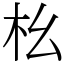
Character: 㭃